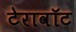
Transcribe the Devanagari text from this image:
टेरावॉट